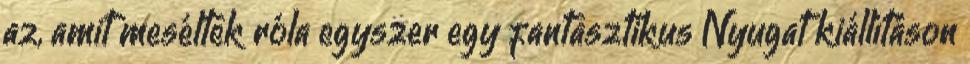
az, amit meséltek róla egyszer egy fantasztikus Nyugat kiállításon